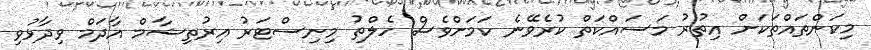
މިކަންތައްތަކަށް އިތުރު މަސައްކަތް ކުރެވޭނެ ކަމަށްވެސް ހެލްތު މިނިސްޓަރު އިރުތިޝާމް އާދަމް ވިދާޅުވި